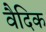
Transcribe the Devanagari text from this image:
वैदिक